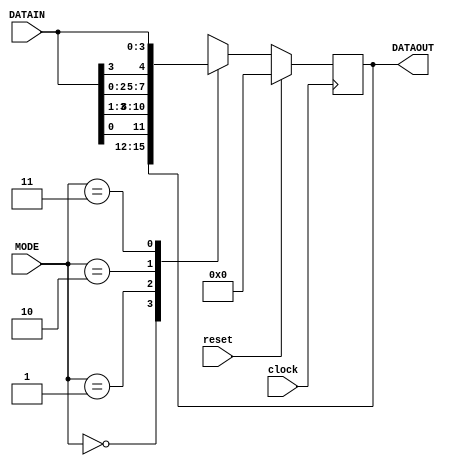
`timescale 1ns / 1ps
//////////////////////////////////////////////////////////////////////////////////
// Company: 
// Engineer: 
// 
// Module Name:    univ_shift_reg 
// Project Name: Universal Shift Register
//Author Name: Ummidi Chandrika

//////////////////////////////////////////////////////////////////////////////////
module universal_shiftreg(DATAOUT, clock, reset, MODE, DATAIN);
  output reg [3:0] DATAOUT;
  input clock, reset;
  input [1:0] MODE;
  input [3:0] DATAIN;
  
  always @(posedge clock)
  begin
    if(reset)
      DATAOUT <= 0;
    else
      begin
        case(MODE)
          2'b00 : DATAOUT <= DATAOUT;      // locked mode, do nothing
          2'b01 : DATAOUT <= {DATAIN[0], DATAIN[3:1]};//DATAOUT >> 1; 
          2'b10 : DATAOUT <= {DATAIN[2:0], DATAIN[3]};//DATAOUT << 1; 
          2'b11 : DATAOUT <= DATAIN;       // parallel in parallel out
        endcase
      end
  end
  
endmodule